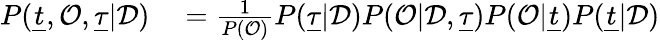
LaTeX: \begin{array}{rl}{P(\underline{{t}},\mathcal{O},\underline{\tau}|\mathcal{D})}&{{}=\frac{1}{P(\mathcal{O})}P(\underline{\tau}|\mathcal{D})P(\mathcal{O}|\mathcal{D},\underline{\tau})P(\mathcal{O}|\underline{{t}})P(\underline{{t}}|\mathcal{D})}\end{array}